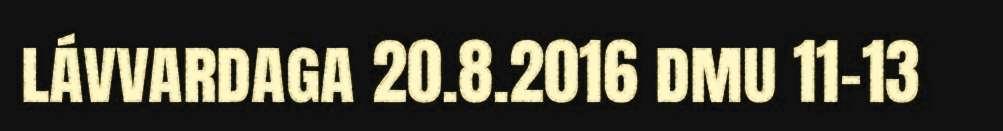
lávvardaga 20.8.2016 dmu 11–13